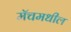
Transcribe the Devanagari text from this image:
मॅचमधील